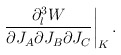
\begin{align*}\left.{\partial_l^3 W\over \partial J_A\partial J_B \partial J_C}\right|_K.\end{align*}